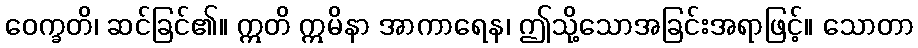
ဝေက္ခတိ၊ ဆင်ခြင်၏။ ဣတိ ဣမိနာ အာကာရေန၊ ဤသို့သောအခြင်းအရာဖြင့်။ သောတာ